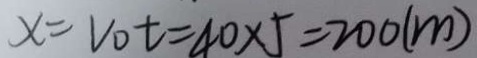
x = V _ { 0 } t = 4 0 \times 5 = 2 0 0 ( m )